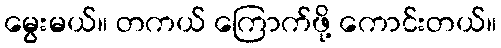
မွေးမယ်။ တကယ် ကြောက်ဖို့ ကောင်းတယ်။